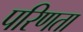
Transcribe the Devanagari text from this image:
परिणता